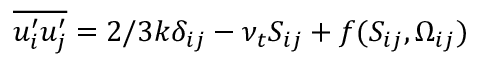
\overline { { u _ { i } ^ { \prime } u _ { j } ^ { \prime } } } = 2 / 3 k \delta _ { i j } - \nu _ { t } S _ { i j } + f ( S _ { i j } , \Omega _ { i j } )